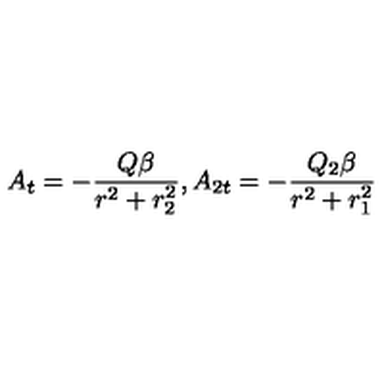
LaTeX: A _ { t } = - \frac { Q \beta } { r ^ { 2 } + r _ { 2 } ^ { 2 } } , A _ { 2 t } = - \frac { Q _ { 2 } \beta } { r ^ { 2 } + r _ { 1 } ^ { 2 } }